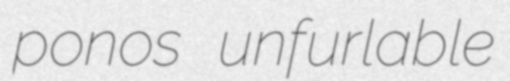
ponos unfurlable